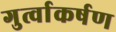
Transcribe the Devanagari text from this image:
गुर्त्वाकर्षण